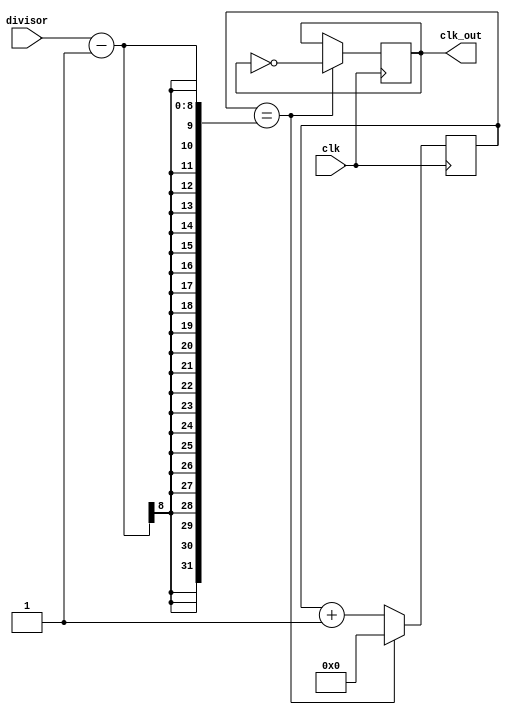
module programmable_clock_divider (
    input wire clk, // input clock signal
    input wire [7:0] divisor, // programmable divider factor
    output reg clk_out // output clock signal
);

reg [7:0] counter; // counter to keep track of number of clock cycles

always @(posedge clk) begin
    if (counter == divisor - 1) begin
        counter <= 0;
        clk_out <= ~clk_out; // toggle output clock signal
    end
    else begin
        counter <= counter + 1; 
    end
end

endmodule